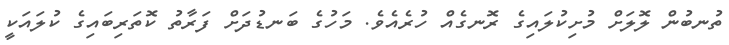
ތުނބުން ލޮލަށް މުށިކުލައިގެ ރޮނގެއް ހުރެއެވެ. މަހުގެ ބަނޑުދަށް ފަރާތު ކޮތަރިބައިގެ ކުލައަކީ